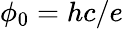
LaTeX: \phi_{0}=hc/e